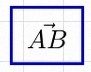
\vec{AB}